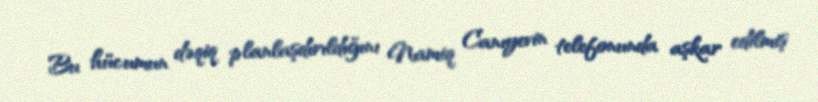
Bu hücumun dəqiq planlaşdırıldığını Namiq Canıyevin telefonunda aşkar edilmiş